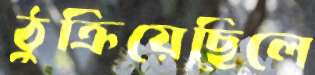
ঠুক্‌রিয়েছিলে